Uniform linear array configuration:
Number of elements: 64
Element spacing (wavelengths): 1
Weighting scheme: uniform
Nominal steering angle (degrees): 0
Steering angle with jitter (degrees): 1.209
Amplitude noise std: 0.05
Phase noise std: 0.05

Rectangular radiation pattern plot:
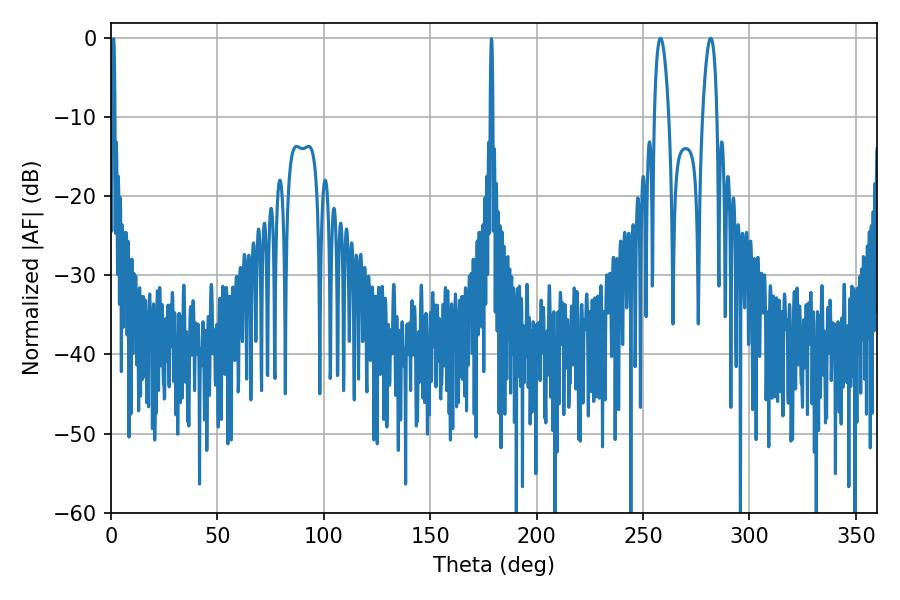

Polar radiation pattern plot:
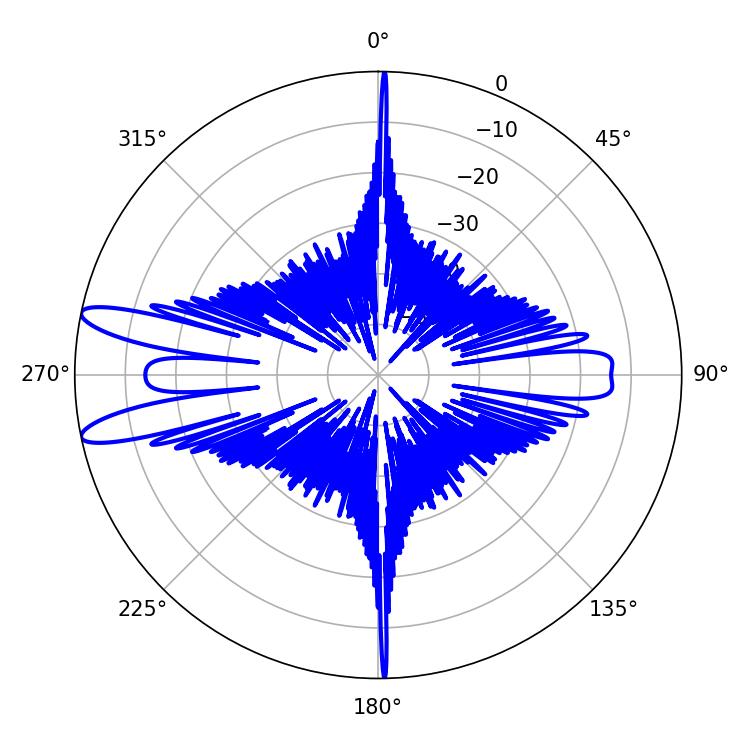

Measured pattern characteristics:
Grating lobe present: TRUE
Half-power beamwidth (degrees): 3.78
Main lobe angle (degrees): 258.12